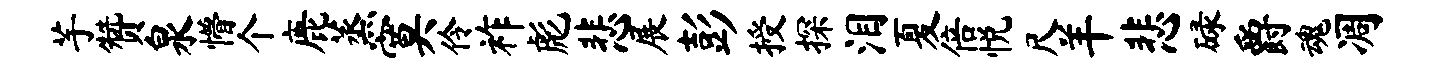
芋赞泉懵个鹿蒸寞伶祚彪悲展彭授探泪夏倍悦尺羊悲碌爵魂凋